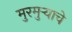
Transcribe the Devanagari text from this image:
मुरमुऱ्याचे